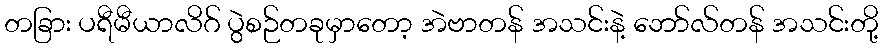
တခြား ပရီမီယာလိဂ် ပွဲစဉ်တခုမှာတော့ အဲဗာတန် အသင်းနဲ့ ဘော်လ်တန် အသင်းတို့